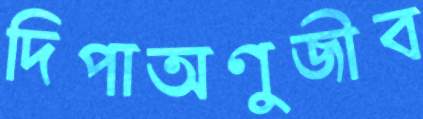
দিপাঅণুজীব